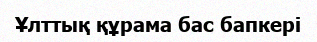
Ұлттық құрама бас бапкері